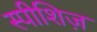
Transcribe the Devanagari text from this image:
स्पीशिज़